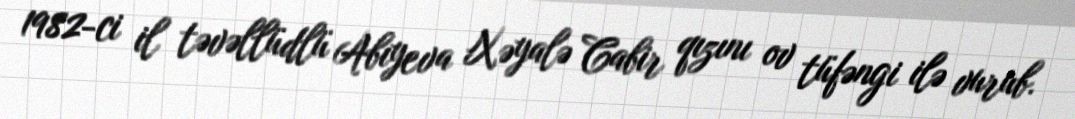
1982-ci il təvəllüdlü Abıyeva Xəyalə Cabir qızını ov tüfəngi ilə vurub.